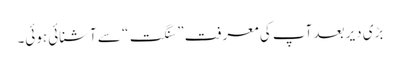
بڑی دیر بعد آپ کی معرفت ” سنگت“ سے آشنائی ہوئی۔